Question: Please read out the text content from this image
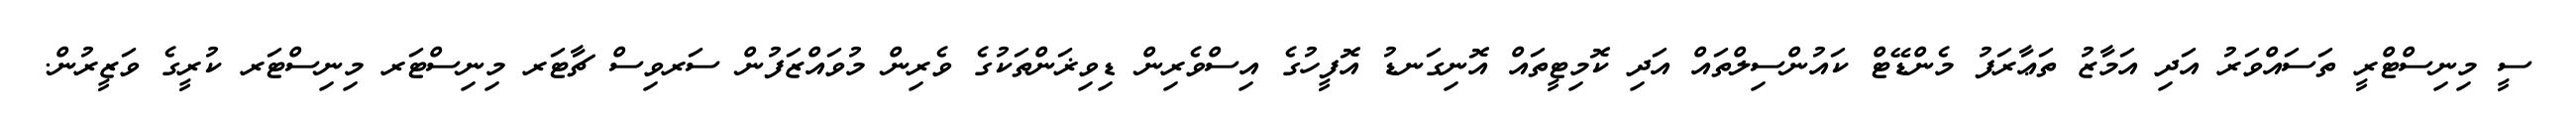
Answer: ސީ މިނިސްޓްރީ ތަސައްވަރު އަދި އަމާޒު ތަޢާރަފު މެންޑޭޓް ކައުންސިލްތައް އަދި ކޮމިޓީތައް އޮނިގަނޑު އޮފީހުގެ އިސްވެރިން ޑިވިޜަންތަކުގެ ވެރިން މުވައްޒަފުން ސަރވިސް ޗާޓަރ މިނިސްޓަރ މިނިސްޓަރ ކުރީގެ ވަޒީރުން.